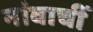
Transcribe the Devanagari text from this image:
नांवाचीं